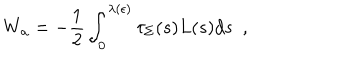
W _ { \bf a } = - { \frac { 1 } { 2 } } \int _ { 0 } ^ { \lambda ( \epsilon ) } \tau _ { \Sigma } ( s ) L ( s ) d s ~ ~ ,